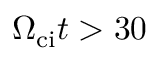
\Omega _ { \mathrm { c i } } t > 3 0